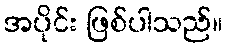
အပိုင်း ဖြစ်ပါသည်။